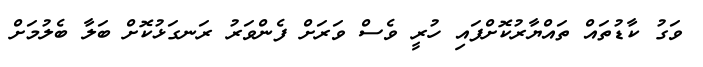
ވަގު ކާޑުތައް ތައްޔާރުކޮށްފައި ހުރީ ވެސް ވަރަށް ފެންވަރު ރަނގަޅުކޮށް ބަލާ ބެލުމަށް